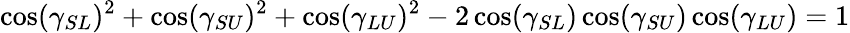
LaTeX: \cos(\gamma_{SL})^{2}+\cos(\gamma_{SU})^{2}+\cos(\gamma_{LU})^{2}-2\cos(\gamma_{SL})\cos(\gamma_{SU})\cos(\gamma_{LU})=1